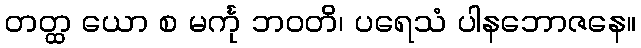
တတ္ထ ယော စ မင်္ကု ဘဝတိ၊ ပရေသံ ပါနဘောဇနေ။